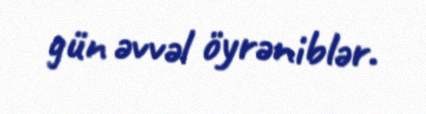
gün əvvəl öyrəniblər.